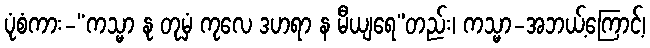
ပုံစံကား-“ကသ္မာ နု တုမှံ ကုလေ ဒဟရာ န မီယျရေ”တည်း၊ ကသ္မာ-အဘယ့်ကြောင့်၊